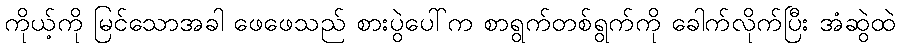
ကိုယ့်ကို မြင်သောအခါ ဖေဖေသည် စားပွဲပေါ်က စာရွက်တစ်ရွက်ကို ခေါက်လိုက်ပြီး အံဆွဲထဲ